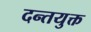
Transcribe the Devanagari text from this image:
दन्तयुक्त